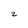
Character: 2